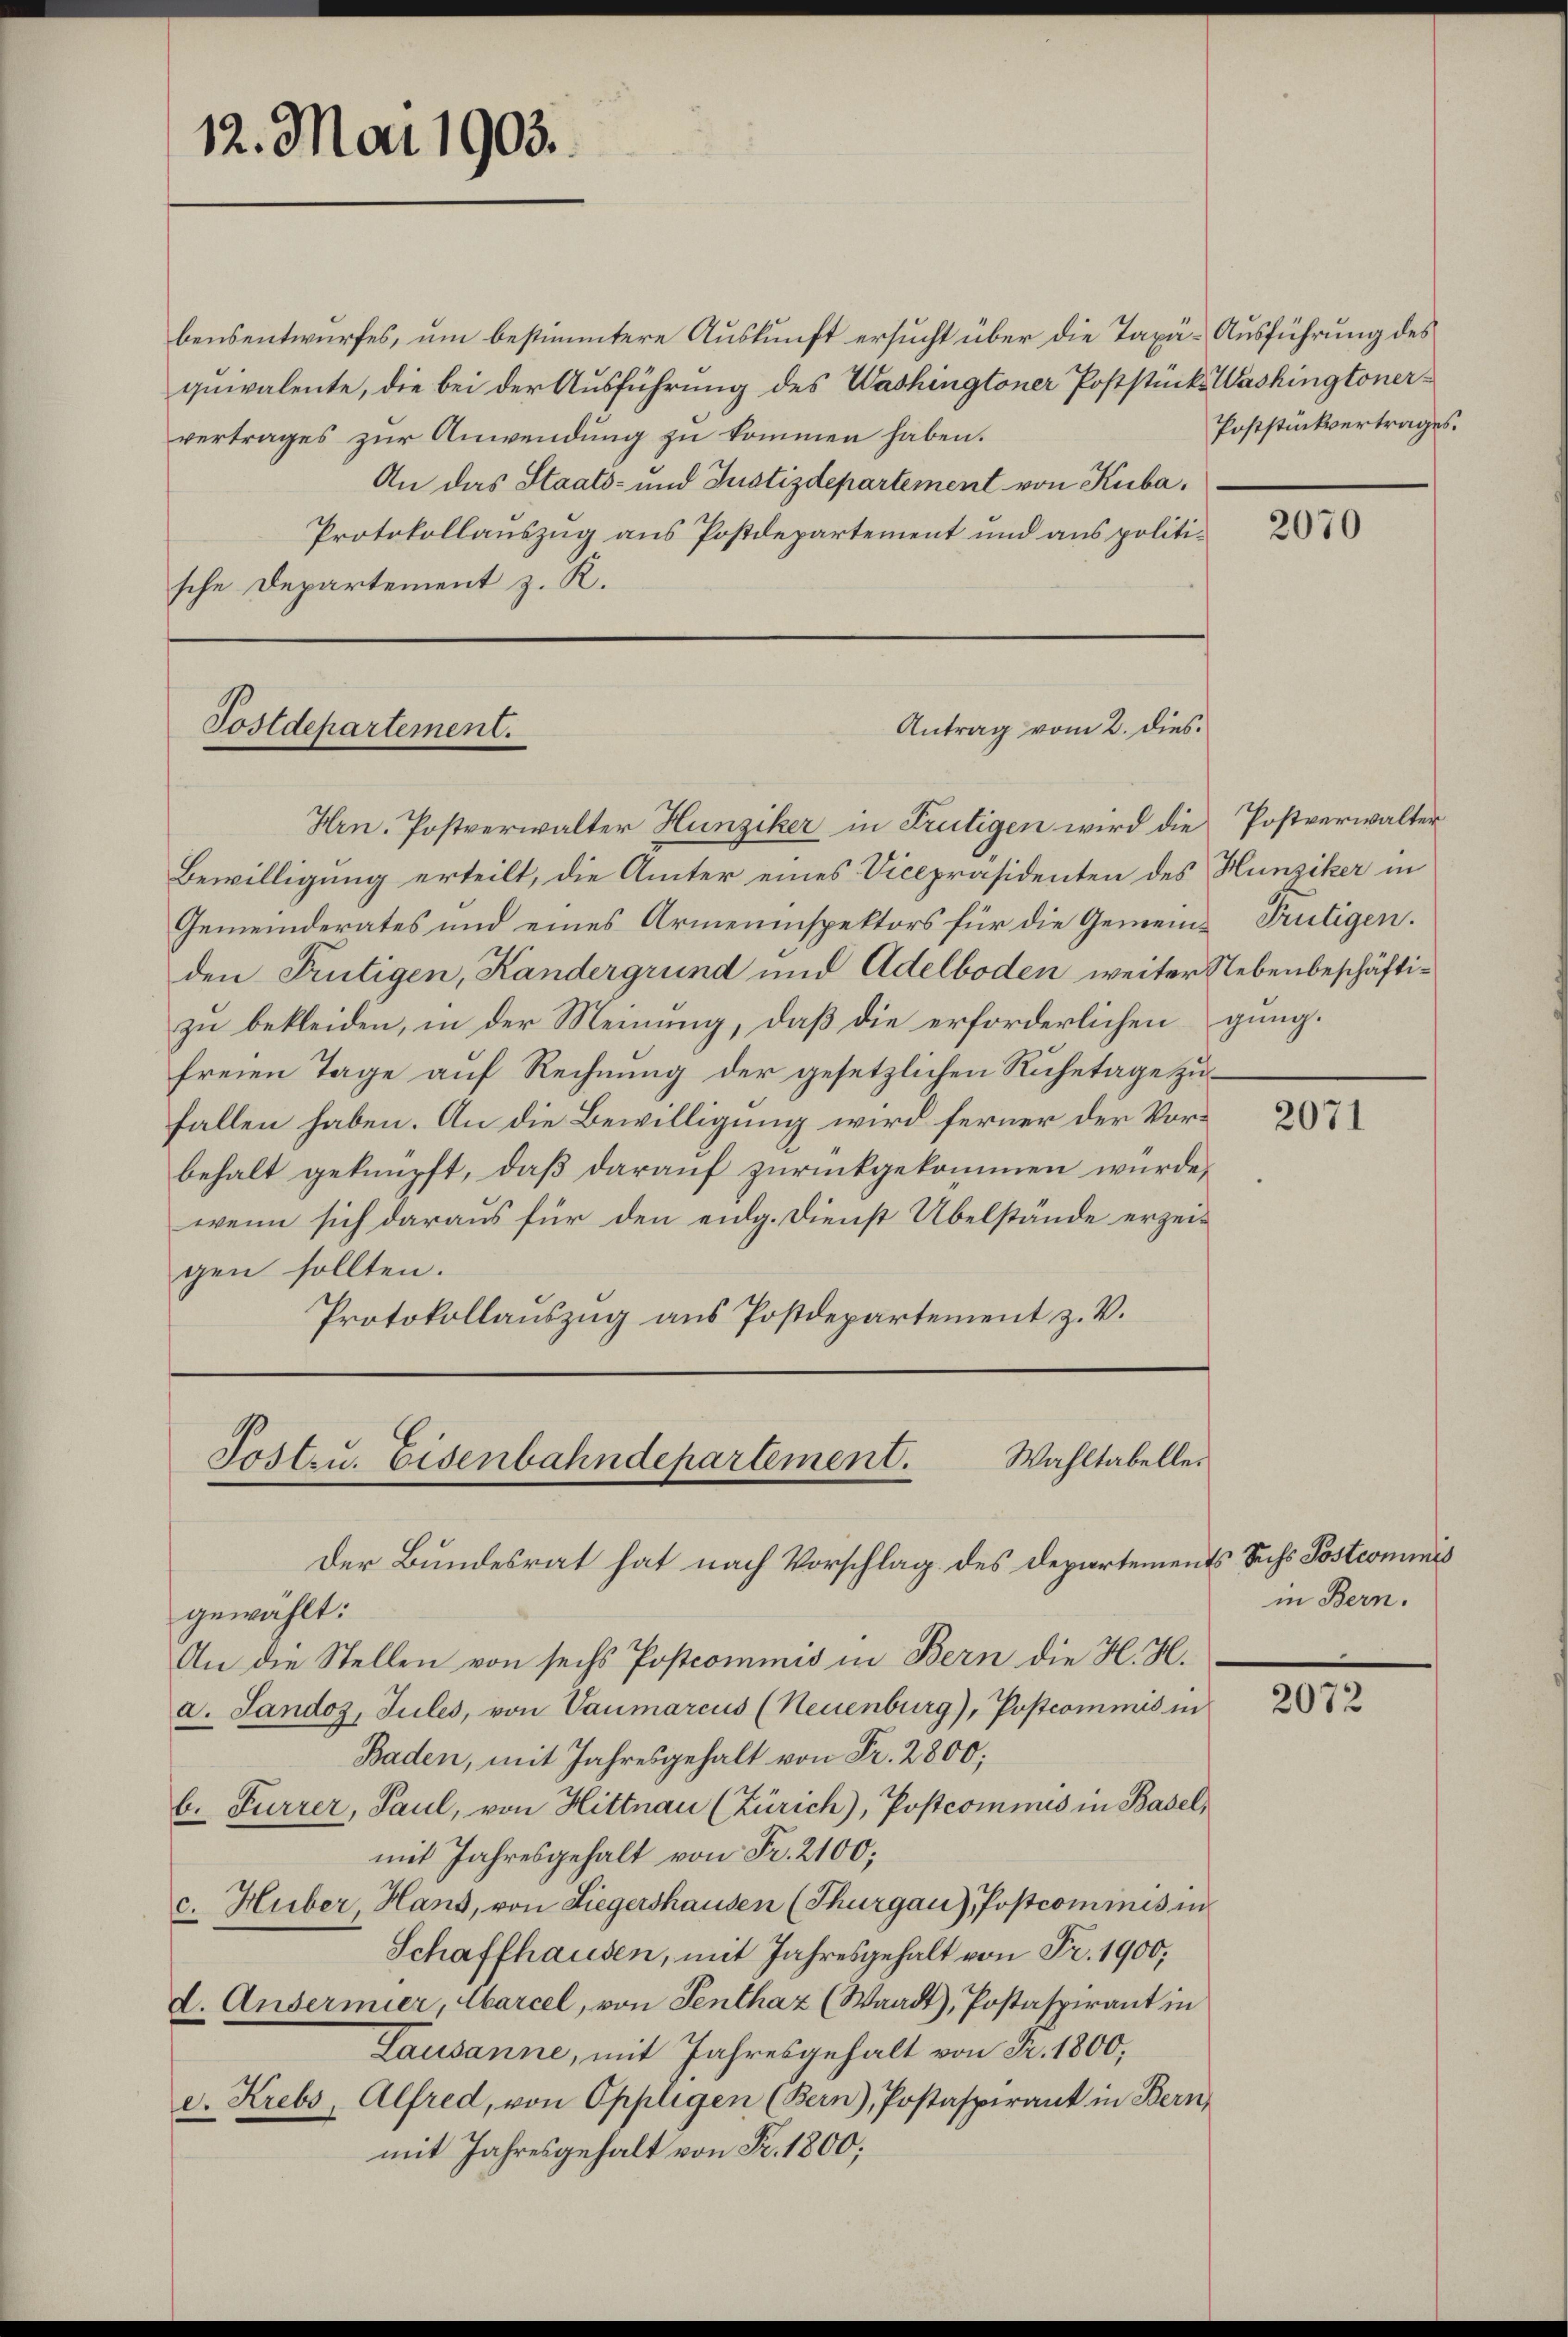
bensentwurfes, um bestimmtere Auskunft ersucht über die Taxä-Ausführung des
quivalente, die bei der Ausführung des Washingtoner Poststücks Washingtonervertrages zur Anwendung zu kommen haben.
An das Staats- und Justizdepartement von Kuba¬
Protokollauszug aus Postdepartement und aus politische Departement z. R.

Hrn. Postverwalter Hunziker in Frutigen wird die
Bewilligung erteilt, die Ämter eines Vicepräsidenten des Hunziker in
Gemeinderates und eines Armeninspektors für die Gemeine Frutigen.
den Frutigen, Kandergrund und Adelboden weiter Nebenbeschäftizu bekleiden, in der Meinung, daß die erforderlichen ging.
freien Tage auf Rechnung der gesetzlichen Ruhetage zufallen haben. An die Bewilligung wird ferner der Vorbehalt geknüpft, daß darauf zurückgekommen würde,
wenn sich daraus für den eidg. Dienst Übelstände erzeigen sollten.
Protokollauszug aus Postdepartement z. V.

12. Mai 1903.

Postdepartement.

Antrag vom 2. dies

Tostzu. Eisenbahndepartement. Wahltabelle.
Der Bundesrat hat nach Vorschlag des Departements Sechs Postcommis

Poststückvertrages.

gewählt:
An die Stellen von sechs Postcommis in Bern die H. H.
a. Sandoz, Jules, von Vaumarcus (Neuenburg), Postcommis in
Baden, mit Jahresgehalt von Fr. 2800.
b. Furrer, Paul, von Hittnau (Zürich), Postcommis in Basel,
mit Jahresgehalt von Fr. 2100;
c. Huber, Hans, von Liegershausen (Thurgau), Postcommis in
Schaffhausen, mit Jahresgehalt von Fr. 1900,
d. Andermier, Marcel, von Senthaz (Waadt, Postaspirant in
Lausanne, mit Jahresgehalt von Fr. 1800,
d. Krebs, Alfred, von Oppligen (Bern), Postaspirant in Bern,
mit Jahresgehalt von Fr. 1800;

2070

Postverwalter

2071

in Bern.

2072